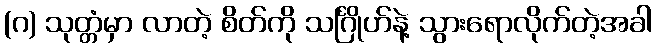
(ဂ) သုတ္တံမှာ လာတဲ့ စိတ်ကို သင်္ဂြိုဟ်နဲ့ သွားရောလိုက်တဲ့အခါ